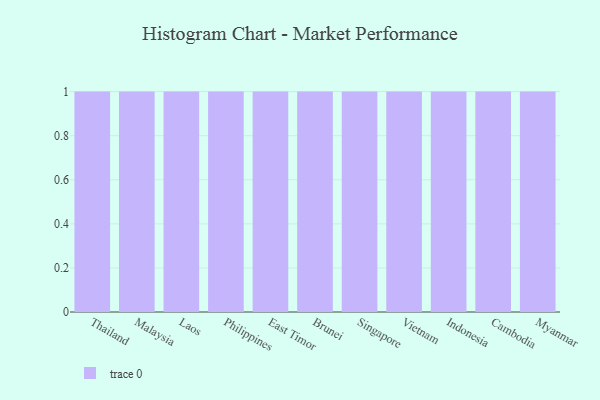
{"axis": {"x": "Country", "y": "Population (Million)"}, "legend": [""], "data": [{"x": "Thailand", "y": 93, "type": ""}, {"x": "Malaysia", "y": 67, "type": ""}, {"x": "Laos", "y": 16, "type": ""}, {"x": "Philippines", "y": 91, "type": ""}, {"x": "East Timor", "y": 53, "type": ""}, {"x": "Brunei", "y": 70, "type": ""}, {"x": "Singapore", "y": 29, "type": ""}, {"x": "Vietnam", "y": 70, "type": ""}, {"x": "Indonesia", "y": 67, "type": ""}, {"x": "Cambodia", "y": 20, "type": ""}, {"x": "Myanmar", "y": 19, "type": ""}]}